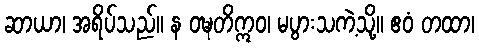
ဆာယာ၊ အရိပ်သည်။ န ဝဍ္ဎတိဣဝ၊ မပွားသကဲ့သို့။ ဧဝံ တထာ၊